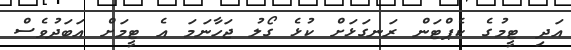
އަދި ޓީމުގެ ކެޕްޓަން ރަނގަޅަށް ކުޅެ ގޯލު ޖަހާނަމަ އެ ޓީމަށް އަބަދުވެސް